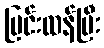
ပြင်းထန်ပြီး